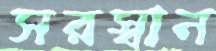
সরস্বান